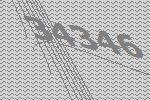
34346